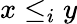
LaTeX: x\leq_{i}y